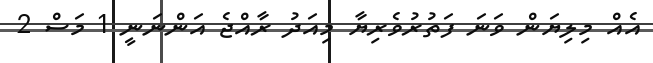
އެއް މިލިޔަން ވަނަ ފަތުރުވެރިޔާ މިއަދު ރާއްޖެ އަންނަނީ 1 މަސް 2